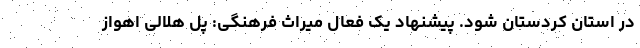
در استان کردستان شود. پیشنهاد یک فعال میراث فرهنگی: پل هلالی اهواز